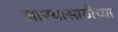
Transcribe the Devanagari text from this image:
जाण्यासाठीच्या